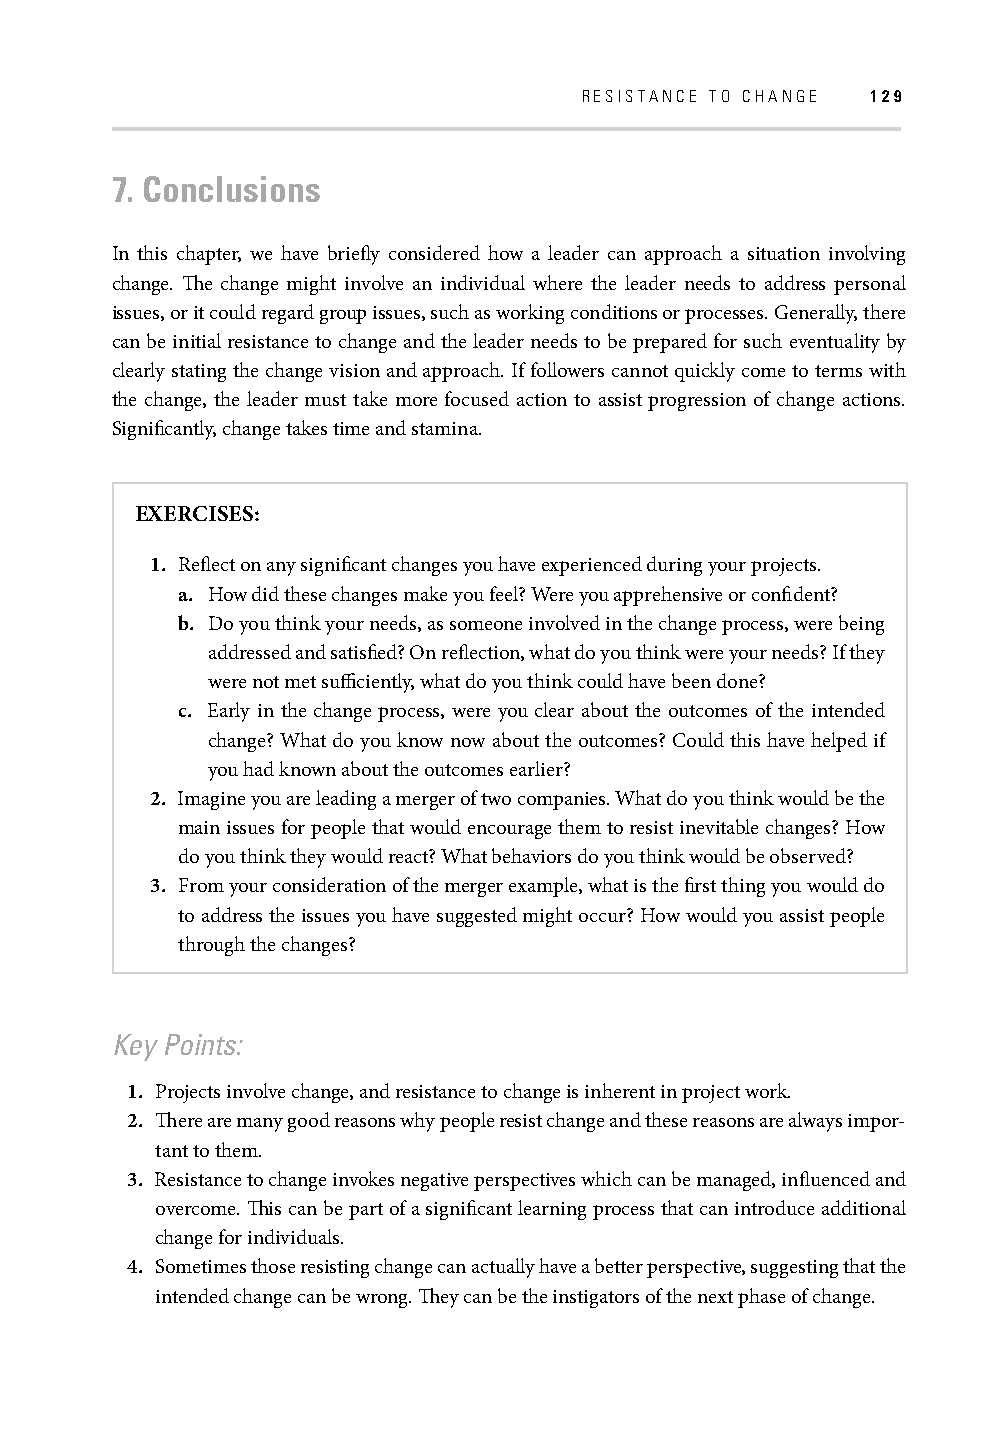
RESISTANCE TO CHANGE 129
 7. Conclusions
 In this chapter, we have briefl y considered how a leader can approach a situation involving
 change. Th e change might involve an individual where the leader needs to address personal
 issues, or it could regard group issues, such as working conditions or processes. Generally, there
 can be initial resistance to change and the leader needs to be prepared for such eventuality by
 clearly stating the change vision and approach. If followers cannot quickly come to terms with
 the change, the leader must take more focused action to assist progression of change actions.
 Signifi cantly, change takes time and stamina.
 EXERCISES:
 1. Refl ect on any signifi cant changes you have experienced during your projects.
 a. How did these changes make you feel? Were you apprehensive or confi dent?
 b. D o you think your needs, as someone involved in the change process, were being
 addressed and satisfi ed? On refl ection, what do you think were your needs? If they
 were not met suffi ciently, what do you think could have been done?
 c. E arly in the change process, were you clear about the outcomes of the intended
 change? What do you know now about the outcomes? Could this have helped if
 you had known about the outcomes earlier?
 2. Imagine you are leading a merger of two companies. What do you think would be the
 main issues for people that would encourage them to resist inevitable changes? How
 do you think they would react? What behaviors do you think would be observed?
 3. From your consideration of the merger example, what is the fi rst thing you would do
 to address the issues you have suggested might occur? How would you assist people
 through the changes?
 Key Points:
 1. Projects involve change, and resistance to change is inherent in project work.
 2. Th ere are many good reasons why people resist change and these reasons are always impor-
 tant to them.
 3. Resistance to change invokes negative perspectives which can be managed, infl uenced and
 overcome. Th is can be part of a signifi cant learning process that can introduce additional
 change for individuals.
 4. Sometimes those resisting change can actually have a better perspective, suggesting that the
 intended change can be wrong. Th ey can be the instigators of the next phase of change.